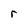
Character: r